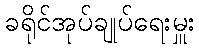
ခရိုင်အုပ်ချုပ်ရေးမှူး